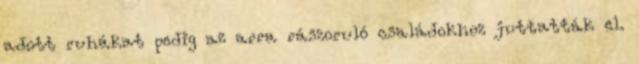
adott ruhákat pedig az arra rászoruló családokhoz juttatták el.